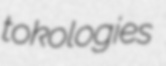
tokologies